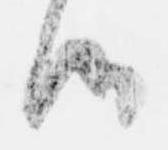
つ